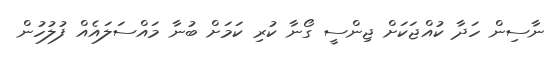
ނާސިން ހަދާ ކުއްޖަކަށް ޖިންސީ ގޯނާ ކުރި ކަމަށް ބުނާ މައްސަލައެއް ފުލުހުން